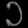
Digit: ၁